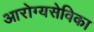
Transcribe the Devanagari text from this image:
आरोग्यसेविका